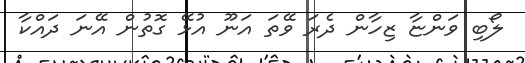
ލޯބި ވަންޏާ ޒިހާން ދެރަ ވޭތަ އަނޫ އުޅޭ ގޮތުން އޭނަ ދައްކާ